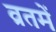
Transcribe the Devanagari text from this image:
व्रतमें